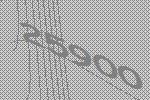
25900